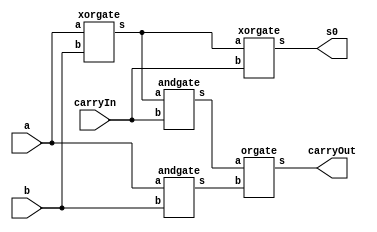
// -------------------------
//  Exemplo0032
// Nome: Gustavo Barbosa
// -------------------------

module fullAdder (output s0, output carryOut, input a, input b,  input carryIn);

   wire x,y,z;
   xorgate XOR1(x,a,b);
   andgate AND1(y,a,b);
   xorgate XOR2(s0,x,carryIn);
   andgate AND2(z,x,carryIn);
   orgate OR2(carryOut,z,y);

endmodule

// halfAdder
module halfAdder (output s0, output carryOut, input a, input b);

 xorgate XOR1(s0,a,b);
 andgate AND1(carryOut,a,b);  

endmodule

module somadorSelecionavel (output [3:0]s, output carryOut, input operador, input [3:0]a, input [3:0]b );
  wire w0, w1, w2, w3, c0, c1, c2;
  xorgate XOR0 ( w0, operador, b[0] );
  xorgate XOR1 ( w1, operador, b[1] );
  xorgate XOR2 ( w2, operador, b[2] );
  xorgate XOR3 ( w3, operador, b[3] );

  fullAdder FA0 ( s[0], c0, w0, a[0], operador);
  fullAdder FA1 ( s[1], c1, w1, a[1], c0);
  fullAdder FA2 ( s[2], c2, w2, a[2], c1);
  fullAdder FA3 ( s[3], carryOut, w3, a[3], c2);

endmodule

module verifZero(output s, input [3:0] a);
	norgate NORG (s,a[3:0]);
endmodule

module norgate (output s, input [3:0]a);
  assign s = ~(a[0] | a[1] | a[2] | a[3]);
endmodule

module andgate (output s, input a, input b);
  assign s = a & b;
endmodule

module xorgate (output s, input a, input b);
  assign s = a ^ b;
endmodule

module orgate (output s, input a,  input b);
  assign s = a | b;
endmodule

module test_somadorSelecionavel;
//definir dados
      reg [3:0] x;
      reg [3:0] y;
      reg operador;
      wire [3:0] resultado;
      wire carryOut;
      wire q;

      somadorSelecionavel SS(resultado, carryOut, operador, x, y);
      verifZero teste(q, resultado);

//parte principal
 initial begin 
      $display("Exemplo0032 - Gustavo Barbosa - 427410");
      $display("Somador selecionavel de 4bits com identificador de sinal 0\n");

      x=4'b0000; y=4'b0000; operador=1;
      $monitor("%4b   %4b   Op:%1b   Result:%4b   CarryOut:%1b   Verif:%1b",x,y,operador,resultado,carryOut,q);
      #1 x=4'b0101; y=4'b0111; operador=0;
      #1 x=4'b0011; y=4'b0100; operador=0;
      #1 x=4'b0110; y=4'b0100; operador=1;
      #1 x=4'b0111; y=4'b0111; operador=1;
      #1 x=4'b0100; y=4'b0010; operador=1;
 
 end
 
endmodule